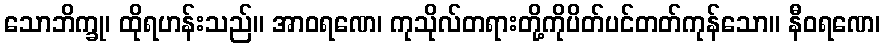
သောဘိက္ခု၊ ထိုရဟန်းသည်။ အာဝရဏေ၊ ကုသိုလ်တရားတို့ကိုပိတ်ပင်တတ်ကုန်သော။ နီဝရဏေ၊